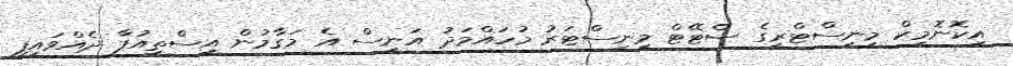
އިކޮނޮމިކް މިނިސްޓްރީގެ ސްޓޭޓް މިނިސްޓަރު މުހައްމަދު އަނީސް އެ މަގާމުން އިސްތިއުފާ ދެއްވައިފި